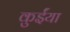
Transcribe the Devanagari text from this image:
कुईंया